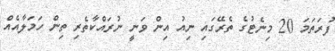
ފުރަތަމަ 20 މިނެޓުގެ ތެރޭގައި ނިއު އިން ވަނީ ނުރައްކާތެރި ތިން ހަމަލާއެއް